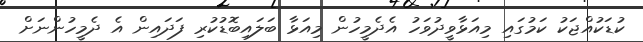
ކުޑަކުއްޖަކު ކަމުގައި މިއަޅާވީދުވަހު އެދެމީހުން މިއަޅާ ބަލައިބޮޑުކުރި ފަދައިން އެ ދެމީހުންނަށް